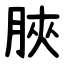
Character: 脥